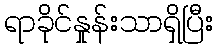
ရာခိုင်နှုန်းသာရှိပြီး